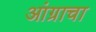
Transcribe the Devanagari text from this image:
आंग्राचा